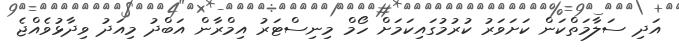
އަދި ސަލާމަތްކަން ކަށަވަރު ކުރުމުގައިކަމަށް ހޯމް މިނިސްޓަރު އިމްރާން އަބްދު މިއަދު ވިދާޅުވެއްޖެ